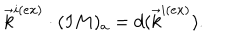
LaTeX: \vec { k } ^ { i ( e x ) } \cdot ( I M ) _ { a } = d ( \vec { k } ^ { i ( e x ) } ) .